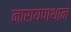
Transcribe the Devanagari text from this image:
नारायणथान